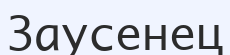
Заусенец